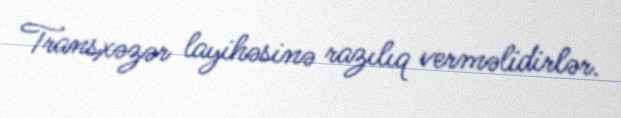
Transxəzər layihəsinə razılıq verməlidirlər.